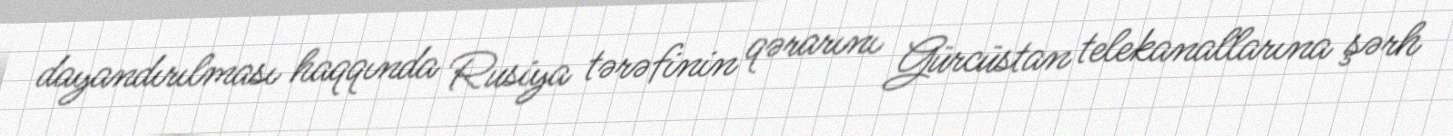
dayandırılması haqqında Rusiya tərəfinin qərarını Gürcüstan telekanallarına şərh